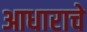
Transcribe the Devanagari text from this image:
आधाराचे